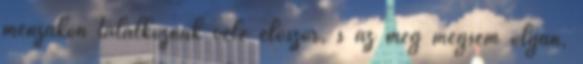
menzákon találkoznak vele először, s az meg mégsem olyan,